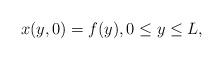
LaTeX: \begin{align*}x(y,0) = f(y),0 \le y \le L,\end{align*}